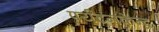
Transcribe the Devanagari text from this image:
पर्यटनकेन्द्र